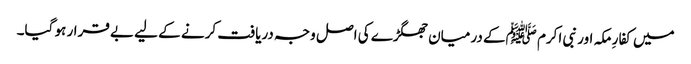
میں کفارِ مکہ اور نبی اکرم ﷺکے درمیان جھگڑے کی اصل وجہ دریافت کرنے کے لیے بے قرار ہو گیا۔